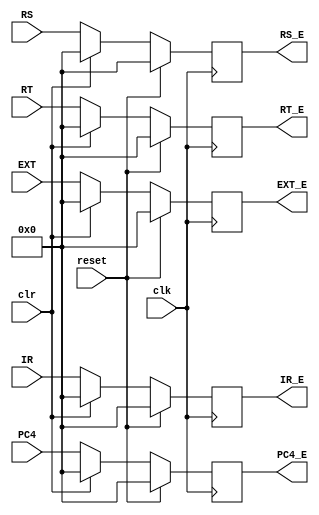
`timescale 1ns / 1ps
//////////////////////////////////////////////////////////////////////////////////
// Company: 
// Engineer: 
// 
// Design Name: 
// Module Name:    Ereg 
// Project Name: 
// Target Devices: 
// Tool versions: 
// Description: 
//
// Dependencies: 
//
// Revision: 
// Revision 0.01 - File Created
// Additional Comments: 
//
//////////////////////////////////////////////////////////////////////////////////
module Ereg(
    input [31:0] IR,
    input [31:0] PC4,
    input [31:0] RS,
    input [31:0] RT,
    input [31:0] EXT,
	 input clk,
	 input reset,
	 input clr,
	 output [31:0]IR_E,
	 output [31:0]PC4_E,
	 output [31:0]RS_E,
	 output [31:0]RT_E,
	 output [31:0]EXT_E
    );
	 reg [31:0] instr;
	 reg [31:0] pc4;
	 reg [31:0] rs;
	 reg [31:0] rt;
	 reg [31:0] ext;
	 initial begin
	   instr=0;
		pc4=0;
		rs=0;
		rt=0;
		ext=0;
	 end
	 
	 assign IR_E=instr;
	 assign PC4_E=pc4;
	 assign RS_E=rs;
	 assign RT_E=rt;
	 assign EXT_E=ext;
	 
	 
	 always@(posedge clk)begin
	   if(reset)begin
		  instr<=0;
		  pc4<=0;
		  rs<=0;
		  rt<=0;
		  ext<=0;
		end
		else begin
		  if(clr)begin
		  instr<=0;
        pc4<=0;
        rs<=0;
        rt<=0;
        ext<=0;
		  end
		  else begin
		  instr<=IR;
        pc4<=PC4;
        rs<=RS;
        rt<=RT;
        ext<=EXT;
		  end
		end
	 end

endmodule